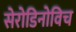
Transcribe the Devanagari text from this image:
सेरोडिनोविच